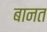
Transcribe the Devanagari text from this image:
बानत